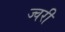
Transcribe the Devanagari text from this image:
ज्वरी